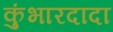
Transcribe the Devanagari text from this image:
कुंभारदादा